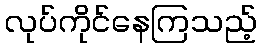
လုပ်ကိုင်နေကြသည့်